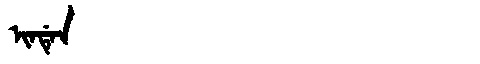
Manchu: ᡳᠨᡩᡝᠨ
Romanization: INDEN